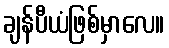
ချန်ပီယံဖြစ်မှာလေ။